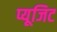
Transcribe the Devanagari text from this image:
प्यूजिट